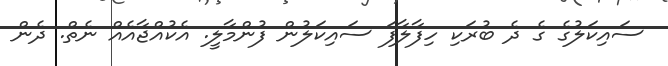
ސައިކަލުގެ ގެ ދެ ބުރަކި ހިފާލާފަ ސައިކަލުން ފުންމާލީ. އެކުއްޖާއެއް ނެތް. ދެން